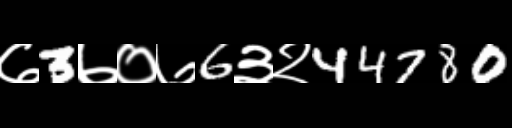
Text: ७3७०७6३२44780